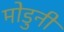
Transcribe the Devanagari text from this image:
मोडुनी